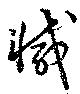
減